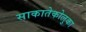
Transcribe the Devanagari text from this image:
साकातेकोलुका